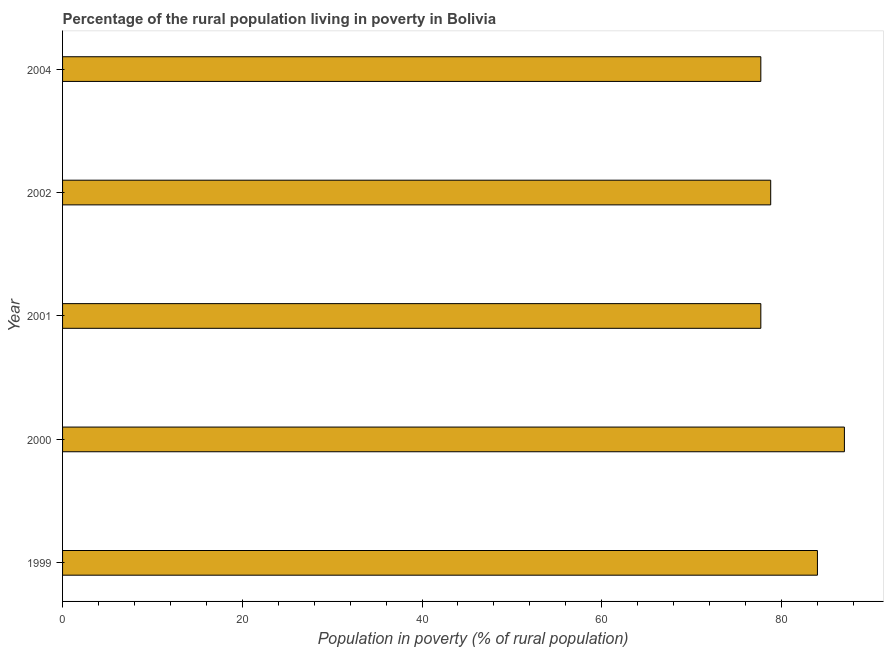
| Year | Rural poverty headcount ratio |
 | --- | --- |
 | 1999 | 84 |
 | 2000 | 87 |
 | 2001 | 77.7 |
 | 2002 | 78.8 |
 | 2004 | 77.7 |